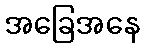
အခြေအနေ